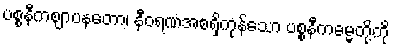
ပစ္စနီကဈာပနတော၊ နီဝရဏအစရှိကုန်သော ပစ္စနီကဓမ္မတို့ကို